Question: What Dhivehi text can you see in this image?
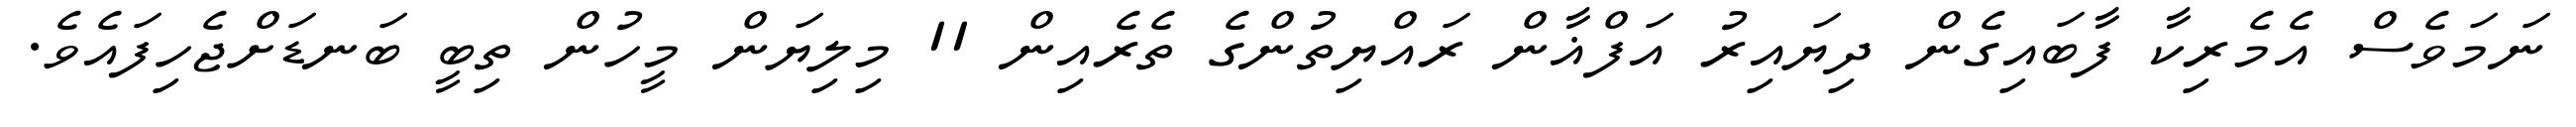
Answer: ނަމަވެސް އެމެރިކާ ފާބައިގެން ދިޔައިރު އަފްޣާން ރައްޔިތުންގެ ތެރެއިން 11 މިލިޔަން މީހުން ތިބީ ބަނޑަށްޖެހިފައެވެ.